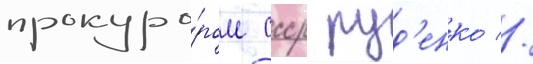
прокуро́ром ссср руд'енко //